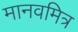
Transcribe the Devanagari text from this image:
मानवमित्र